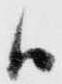
ハ